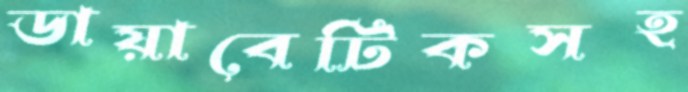
ডায়াবেটিকসহ